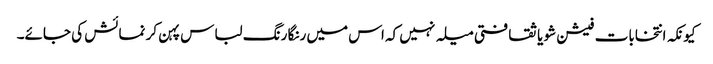
کیونکہ انتخابات فیشن شو یا ثقافتی میلہ نہیں کہ اس میں رنگا رنگ لباس پہن کر نمائش کی جائے۔